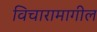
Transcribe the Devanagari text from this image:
विचारामागील